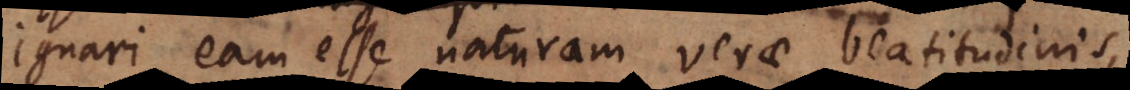
Ignari eam esse naturam verae beatitudinis,